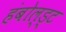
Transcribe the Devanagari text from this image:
हंबोल्ड्ट